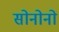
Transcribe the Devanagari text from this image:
सोनोनो